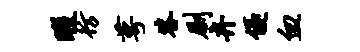
暇彷萼答劂卉优血